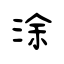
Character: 涂